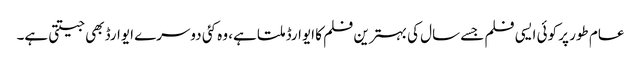
عام طور پر کوئی ایسی فلم جسے سال کی بہترین فلم کا ایوارڈ ملتا ہے، وہ کئی دوسرے ایوارڈ بھی جیتتی ہے۔